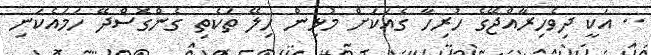
.. އަކީ ދިވެހިރާއްޖޭގެ ހުރިހާ ގެއަކަށް މުޅިން ހިލޭ ތަކެތި ގެންގޮސްދޭ ހަމައެކަނި